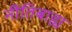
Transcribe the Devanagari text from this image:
नीतिबाह्य